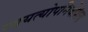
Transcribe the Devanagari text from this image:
स्वयत्योपनिवेशिय